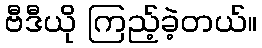
ဗီဒီယို ကြည့်ခဲ့တယ်။